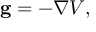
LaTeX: \mathbf { g } = - \nabla V ,